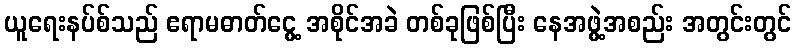
ယူရေးနပ်စ်သည် ဧရာမဓာတ်ငွေ့ အစိုင်အခဲ တစ်ခုဖြစ်ပြီး နေအဖွဲ့အစည်း အတွင်းတွင်